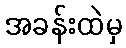
အခန်းထဲမှ